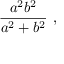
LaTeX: { \frac { a ^ { 2 } b ^ { 2 } } { a ^ { 2 } + b ^ { 2 } } } \ ,